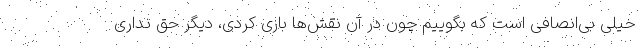
خیلی بی‌انصافی است که بگوییم چون در آن نقش‌ها بازی کردی، دیگر حق نداری